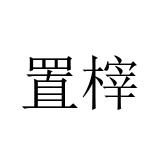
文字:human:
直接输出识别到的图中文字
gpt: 置榟